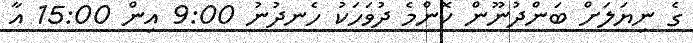
ގެ ނިޔަލަށް ބަންދުނޫން ކޮންމެ ދުވަހަކު ހެނދުނު 9:00 އިން 15:00 އާ